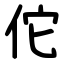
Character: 佗